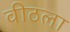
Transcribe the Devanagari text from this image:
वीठला